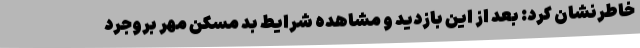
خاطرنشان کرد: بعد از این بازدید و مشاهده شرایط بد مسکن مهر بروجرد